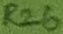
Text: R26